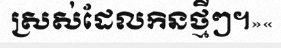
ស្រស់ដែលកិនថ្មីៗ។»«